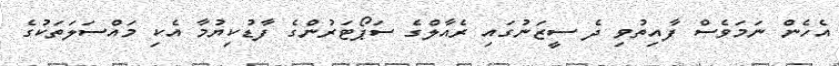
އެހެން ނަމަވެސް ފާއިތުވި ދެ ސީޒަނުގައި ރެއާލްގެ ސަޕޯޓަރުންގެ ފާޑުކިޔުމާ އެކި މައްސަލަތަކުގެ